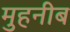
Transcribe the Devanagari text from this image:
मुहनीब